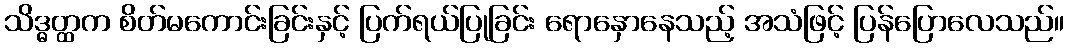
သိဒ္ဓတ္ထက စိတ်မကောင်းခြင်းနှင့် ပြက်ရယ်ပြုခြင်း ရောနှောနေသည့် အသံဖြင့် ပြန်ပြောလေသည်။